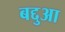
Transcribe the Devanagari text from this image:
बद्दुआ